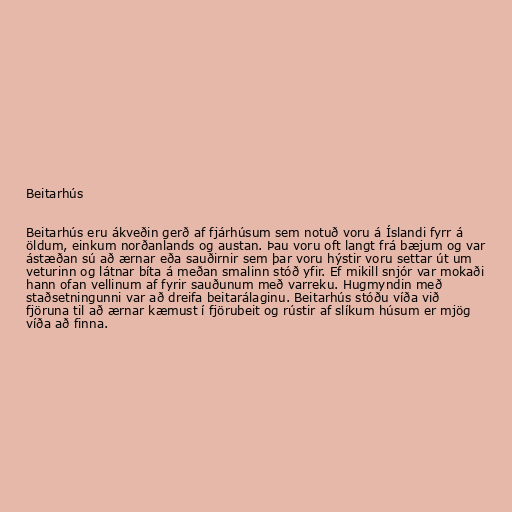
Beitarhús

Beitarhús eru ákveðin gerð af fjárhúsum sem notuð voru á Íslandi fyrr á
öldum, einkum norðanlands og austan. Þau voru oft langt frá bæjum og var
ástæðan sú að ærnar eða sauðirnir sem þar voru hýstir voru settar út um
veturinn og látnar bíta á meðan smalinn stóð yfir. Ef mikill snjór var mokaði
hann ofan vellinum af fyrir sauðunum með varreku. Hugmyndin með
staðsetningunni var að dreifa beitarálaginu. Beitarhús stóðu víða við
fjöruna til að ærnar kæmust í fjörubeit og rústir af slíkum húsum er mjög
víða að finna.